Civil Veterinary Department Bihar reports 1940-50 - 1940-1950
Year: 1940
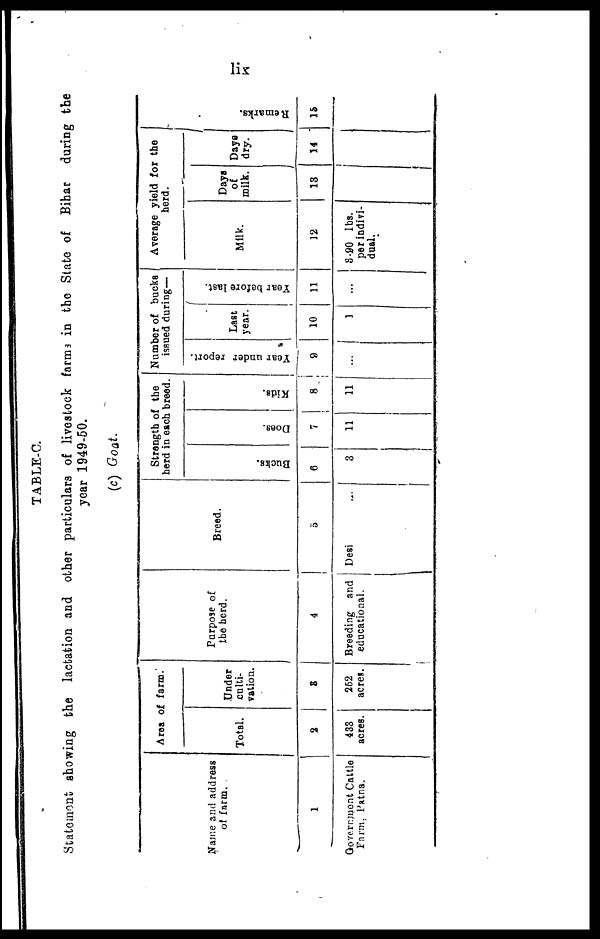
lix
TABLE-C.
Statement showing the lactation and other particulars of livestock farms in the State of Bihar during the
year 1949-50.
(c) Goat.
Name and address
of farm.
1
Government Cattle
Farm. Patna.
Area of farm.
Total.
2
433
acres.
Under
culti-
vation.
3
262
acres.
Purpose of
the herd.
4
Breeding and
educational.
Breed.
5
Desi
Strength of the
herd in each breed.
Bucks.
6
3
Does.
7
11
Kids.
8
11
Number of bucks
issued during—
Year under report.
9
…
Last
year.
10
1
Year before last.
11
…
Average yield for the
herd.
Milk.
12
3.80 lbs.
per indivi-
dual.
Days
of
milk.
13
Days
dry.
14
Remarks.
15